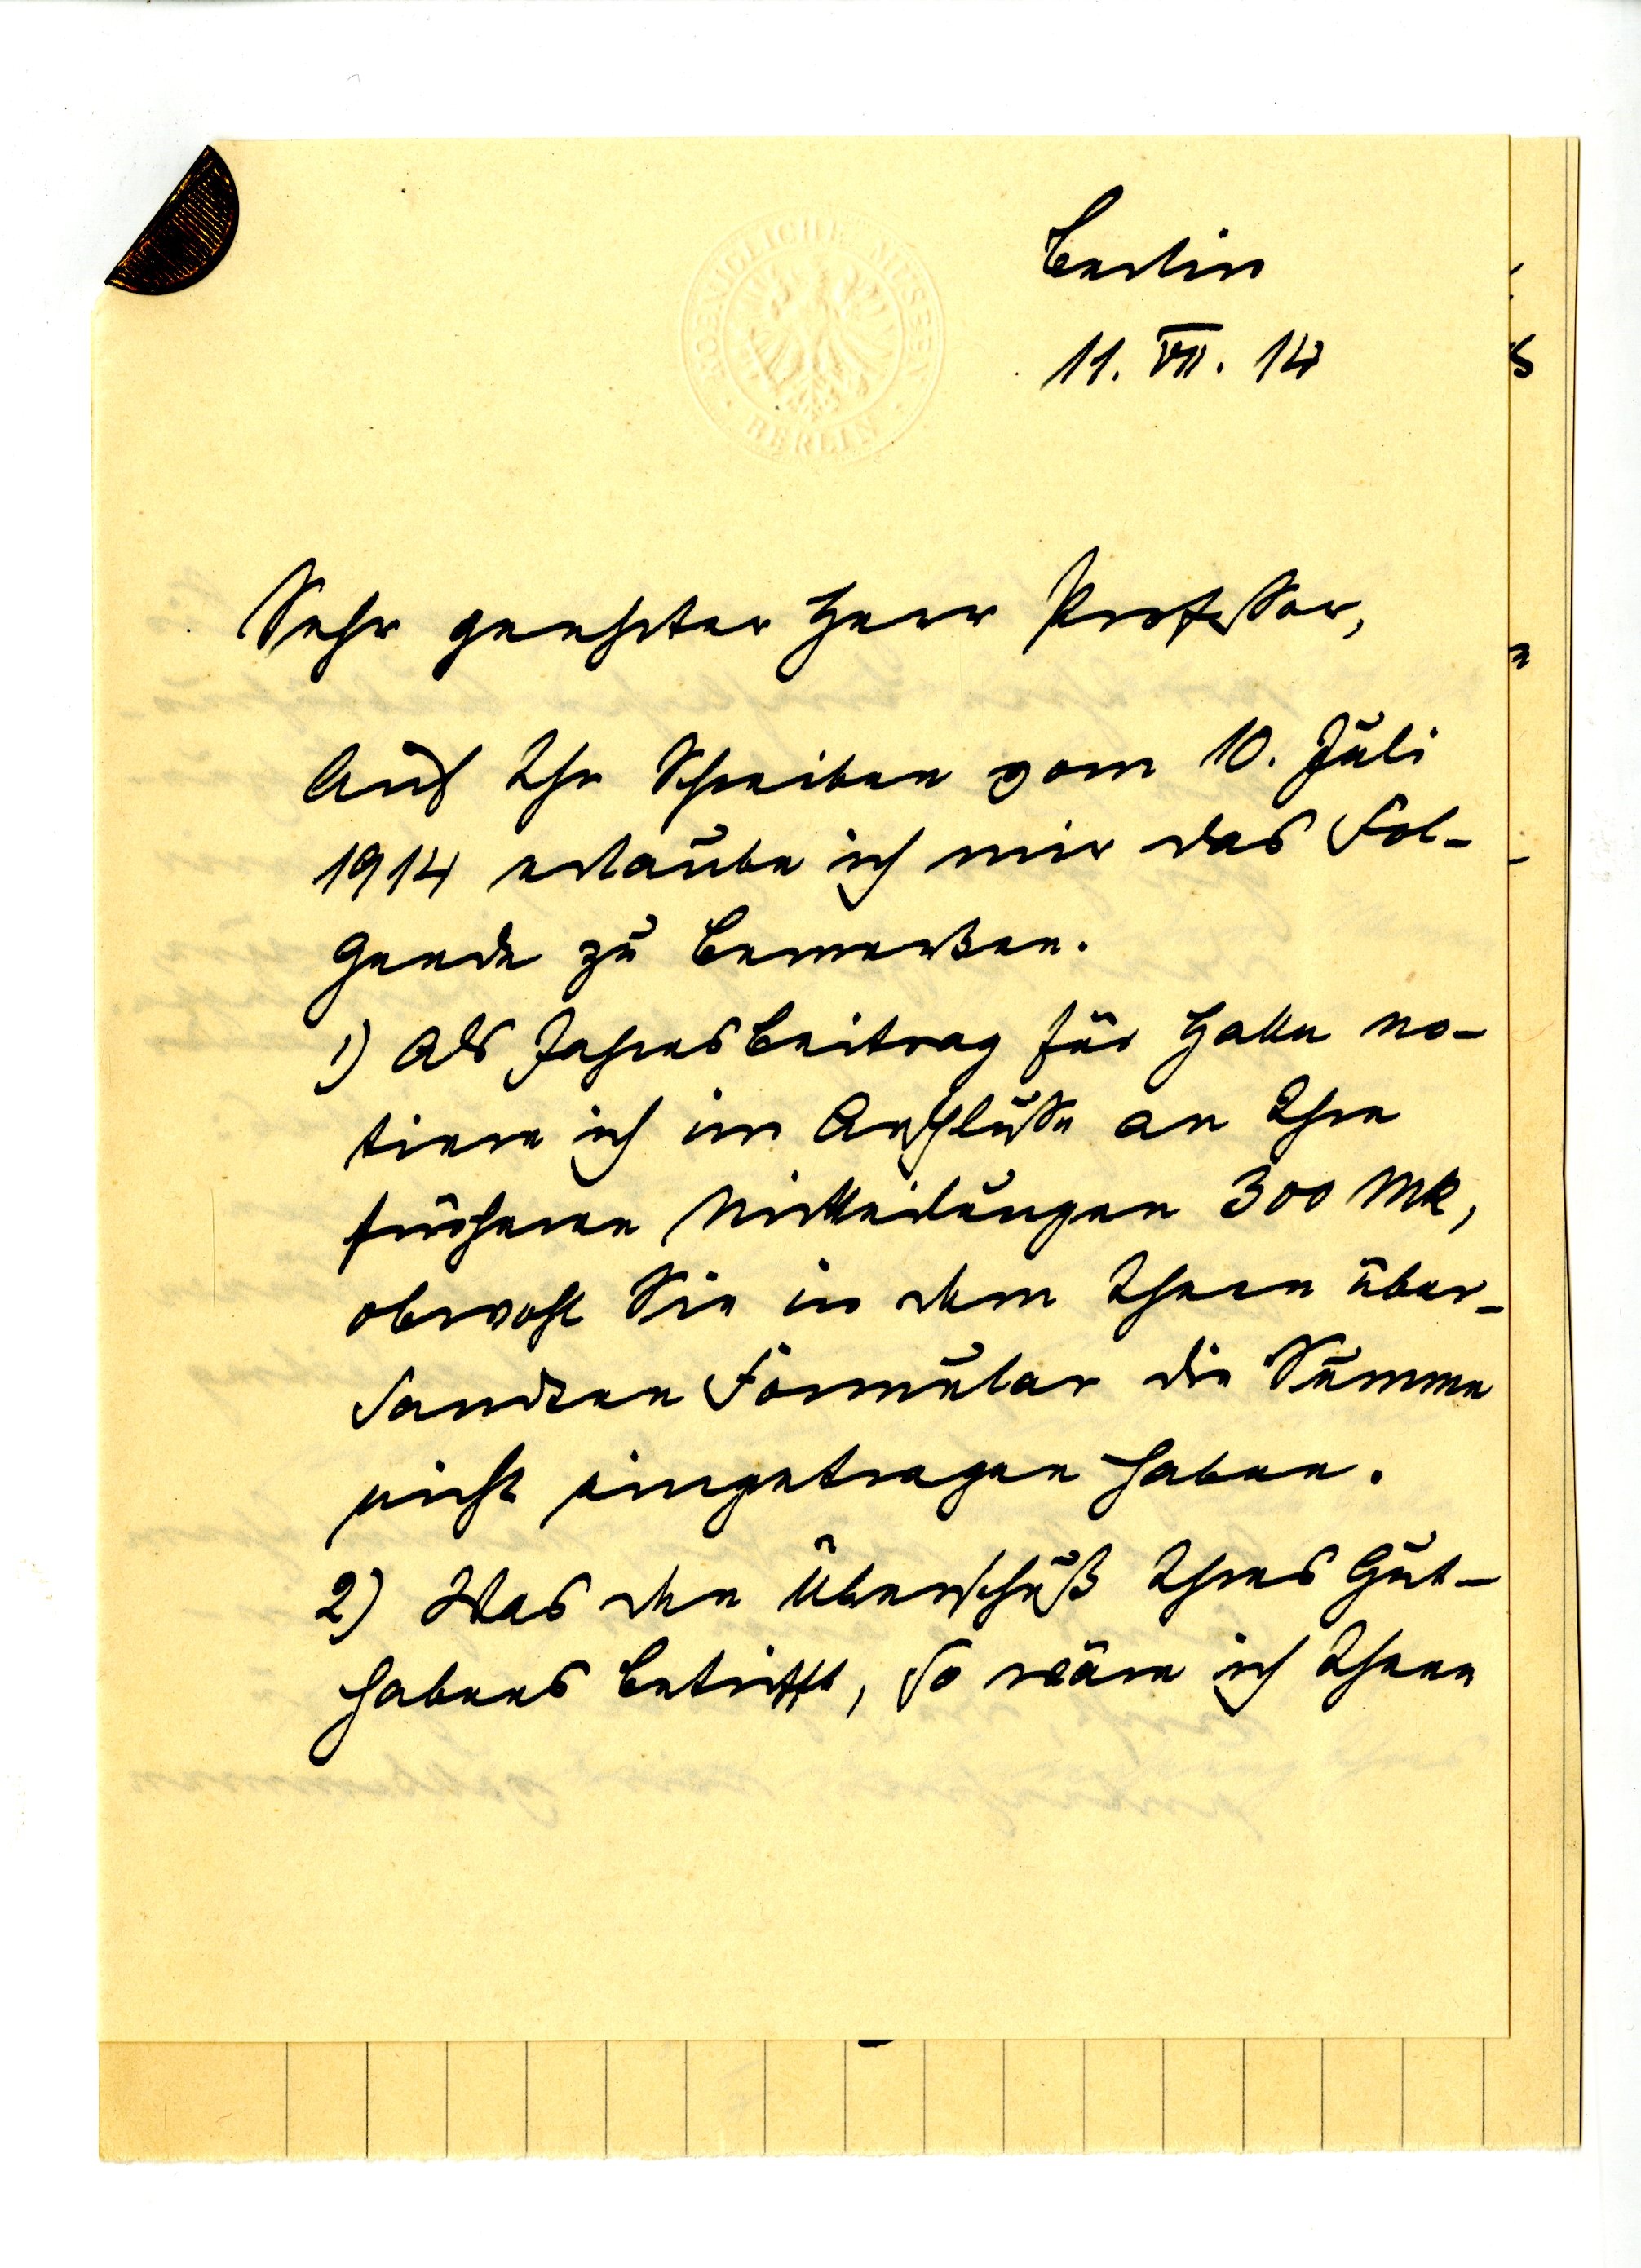
Berlin
11. VII. 14
Sehr geehrter Herr Professor,
Auf Ihr Schreiben vom 10. Juli
1914 erlaube ich mir das Fol¬
gende zu bemerken.
1) Als Jahresbeitrag für Halle no¬
tiere ich im Anschlusse an Ihre
früheren Mitteilungen 300 Mk,
obwohl Sie in dem Ihnen über¬
sandten Formular die Summe
nicht eingetragen haben.
2) Was den Überschuß Ihres Gut¬
habens betrifft, so wäre ich Ihnen